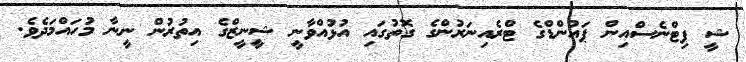
ޝީ ފިޓްނެސްއިން ޕައުންޑްގެ ޓްރެއިނަރުންގެ ގޮތުގައި އުޅުއްވާނީ ޝީނީޒްގެ އިތުރުން ނީނާ މުހައްމަދެވެ.